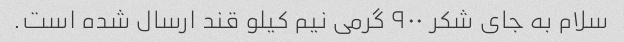
سلام به جای شکر ۹۰۰ گرمی نیم کیلو قند ارسال شده است. ‌